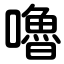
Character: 嚕